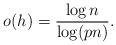
LaTeX: \begin{align*} o(h)=\frac{\log n}{\log(pn)} .\end{align*}